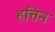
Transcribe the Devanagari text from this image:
हत्तिन